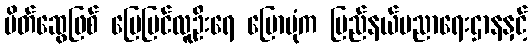
မိတ်ဆွေဖြစ် မြေပြင်လူဦးရေ ပြောပုံက ပြည်နယ်ပညာရေးဌာနနှင့်